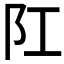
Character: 𨸖